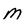
Character: M